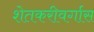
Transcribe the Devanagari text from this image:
शेतकरीवर्गास